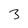
Character: 3